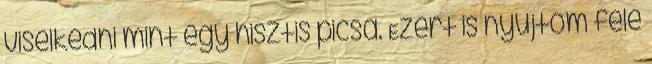
viselkedni mint egy hisztis picsa. Ezért is nyújtom felé